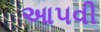
આ૫વી